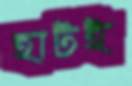
হাটই